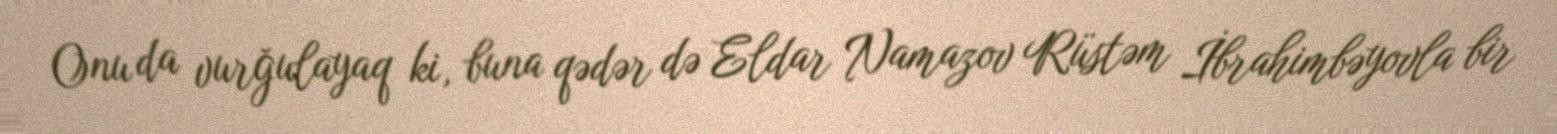
Onu da vurğulayaq ki, buna qədər də Eldar Namazov Rüstəm İbrahimbəyovla bir